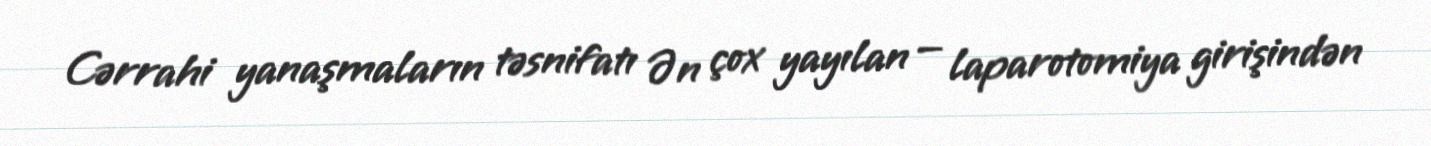
Cərrahi yanaşmaların təsnifatı Ən çox yayılan — laparotomiya girişindən